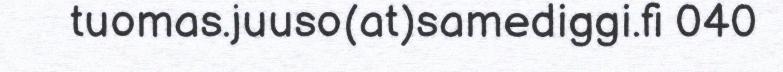
tuomas.juuso(at)samediggi.fi 040